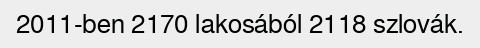
2011-ben 2170 lakosából 2118 szlovák.